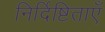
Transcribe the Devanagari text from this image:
निर्दिष्टिताएँ